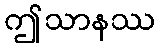
ဤသာနဿ